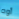
أوه